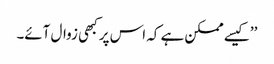
’’کیسے ممکن ہے کہ اس پر کبھی زوال آئے۔